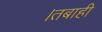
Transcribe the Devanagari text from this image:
।तबाही